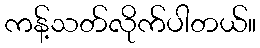
ကန့်သတ်လိုက်ပါတယ်။